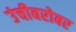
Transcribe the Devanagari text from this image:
उंचीबरोबर